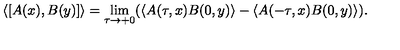
\left\langle \lbrack A ( x ) , B ( y ) ] \right\rangle = \lim _ { \tau \rightarrow + 0 } ( \left\langle A ( \tau , x ) B ( 0 , y ) \right\rangle - \left\langle A ( - \tau , x ) B ( 0 , y ) \right\rangle ) .